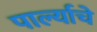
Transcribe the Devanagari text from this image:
पार्ल्याचे